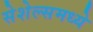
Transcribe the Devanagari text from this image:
सेशेल्समध्ये